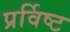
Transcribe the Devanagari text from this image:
प्रर्विष्ट